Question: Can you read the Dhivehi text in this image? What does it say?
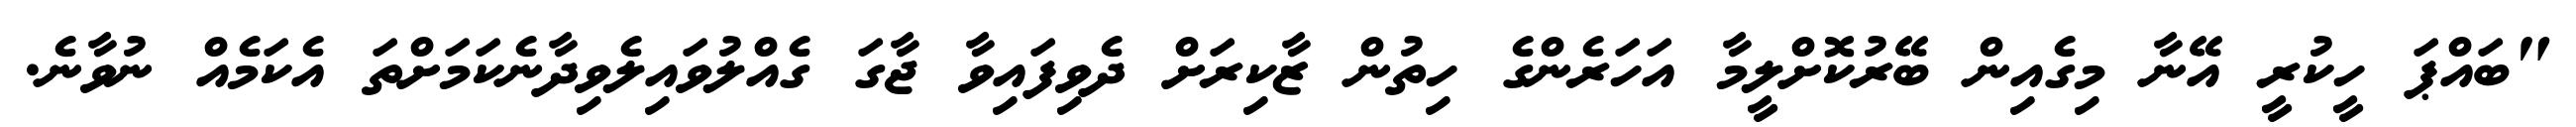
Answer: "ބައްޕަ ހީކުރީ އޭނާ މިގެއިން ބޭރުކޮށްލީމާ އަހަރެންގެ ހިތުން ޒާކިރަށް ދެވިފައިވާ ޖާގަ ގެއްލުވައިލެވިދާނެކަމަށްތަ އެކަމެއް ނުވާނެ.